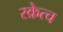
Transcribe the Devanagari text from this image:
स्क्रेत्च